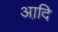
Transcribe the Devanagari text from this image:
आदि़